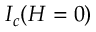
I _ { c } ( H = 0 )